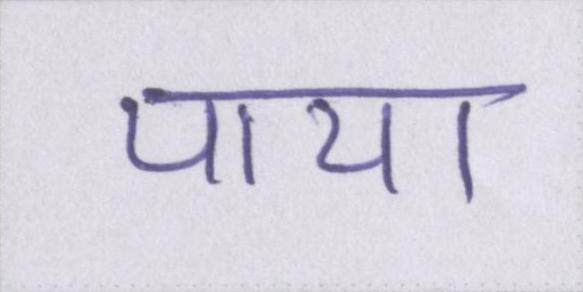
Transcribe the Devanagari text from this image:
पाया